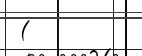
(